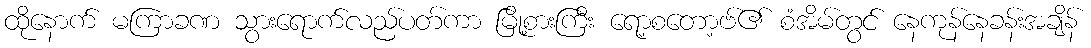
ထိုနောက် မကြာခဏ သွားရောက်လည်ပတ်ကာ မြို့စားကြီး ရော့စတော့ဗ်၏ စံအိမ်တွင် နေကုန်နေခန်းအချိန်